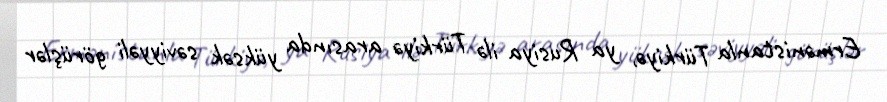
Ermənistanla Türkiyə, ya Rusiya ilə Türkiyə arasında yüksək səviyyəli görüşlər